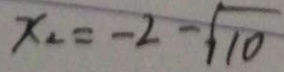
x _ { 2 } = - 2 - \sqrt { 1 0 }